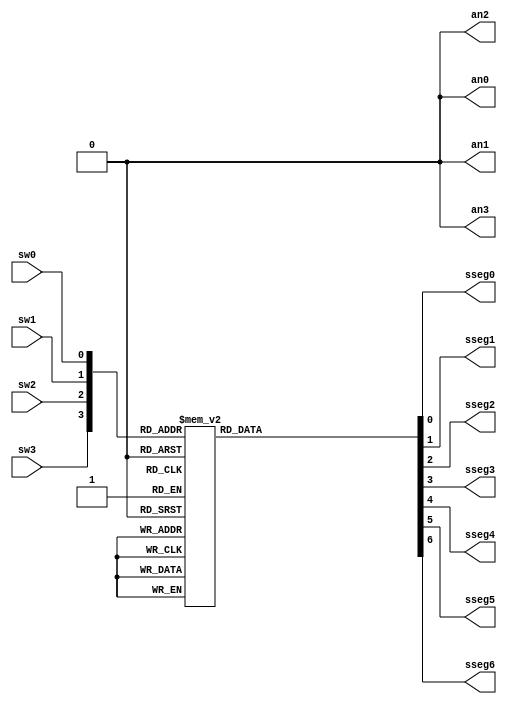
`timescale 1ns / 1ps
module bcdto7led_bh(
	input wire sw0, 	// switches
	input wire sw1,
	input wire sw2,
	input wire sw3,
	output reg sseg0,	// LED segments
	output reg sseg1,
	output reg sseg2,
	output reg sseg3,
	output reg sseg4,
	output reg sseg5,
	output reg sseg6,
	output reg an0,	// LED display control
	output reg an1,
	output reg an2,
	output reg an3
    );
	 
// Internal wire
wire [3:0] bundle;
assign bundle = {sw3, sw2, sw1, sw0};

always @(*) begin
	// Setting the ANs signals
	an0 = 1'b0;
	an1 = 1'b0;
	an2 = 1'b0;
	an3 = 1'b0;			// Display in the module AN3
	// Setting the segments signals
	sseg0 = 1'b1;
	sseg1 = 1'b1;
	sseg2 = 1'b1;
	sseg3 = 1'b1;
	sseg4 = 1'b1;
	sseg5 = 1'b1;
	sseg6 = 1'b1;
	
	case (bundle)
		4'b0000 : begin  	// 0
			sseg0 = 1'b0;
			sseg1 = 1'b0;
			sseg2 = 1'b0;
			sseg3 = 1'b0;
			sseg4 = 1'b0;
			sseg5 = 1'b0;
			sseg6 = 1'b1;
			end
			
		4'b0001 : begin  	// 1
			sseg0 = 1'b1;
			sseg1 = 1'b0;
			sseg2 = 1'b0;
			sseg3 = 1'b1;
			sseg4 = 1'b1;
			sseg5 = 1'b1;
			sseg6 = 1'b1;
			end
			
		4'b0010 : begin  	// 2
			sseg0 = 1'b0;
			sseg1 = 1'b0;
			sseg2 = 1'b1;
			sseg3 = 1'b0;
			sseg4 = 1'b0;
			sseg5 = 1'b1;
			sseg6 = 1'b0;
			end	
			
		4'b0011 : begin  	// 3
			sseg0 = 1'b0;
			sseg1 = 1'b0;
			sseg2 = 1'b0;
			sseg3 = 1'b0;
			sseg4 = 1'b1;
			sseg5 = 1'b1;
			sseg6 = 1'b0;
			end	
			
		4'b0100 : begin  	// 4
			sseg0 = 1'b1;
			sseg1 = 1'b0;
			sseg2 = 1'b0;
			sseg3 = 1'b1;
			sseg4 = 1'b1;
			sseg5 = 1'b0;
			sseg6 = 1'b0;
			end
			
		4'b0101 : begin  	// 5
			sseg0 = 1'b0;
			sseg1 = 1'b1;
			sseg2 = 1'b0;
			sseg3 = 1'b0;
			sseg4 = 1'b1;
			sseg5 = 1'b0;
			sseg6 = 1'b0;
			end
			
		4'b0110 : begin  	// 6
			sseg0 = 1'b0;
			sseg1 = 1'b1;
			sseg2 = 1'b0;
			sseg3 = 1'b0;
			sseg4 = 1'b0;
			sseg5 = 1'b0;
			sseg6 = 1'b0;
			end
			
	 	4'b0111 : begin  	// 7
			sseg0 = 1'b0;
			sseg1 = 1'b0;
			sseg2 = 1'b0;
			sseg3 = 1'b1;
			sseg4 = 1'b1;
			sseg5 = 1'b1;
			sseg6 = 1'b1;
			end
			
		4'b1000 : begin  	// 8
			sseg0 = 1'b0;
			sseg1 = 1'b0;
			sseg2 = 1'b0;
			sseg3 = 1'b0;
			sseg4 = 1'b0;
			sseg5 = 1'b0;
			sseg6 = 1'b0;
			end
			
		4'b1001 : begin  	// 9
			sseg0 = 1'b0;
			sseg1 = 1'b0;
			sseg2 = 1'b0;
			sseg3 = 1'b1;
			sseg4 = 1'b1;
			sseg5 = 1'b0;
			sseg6 = 1'b0;
			end
	endcase
end
endmodule